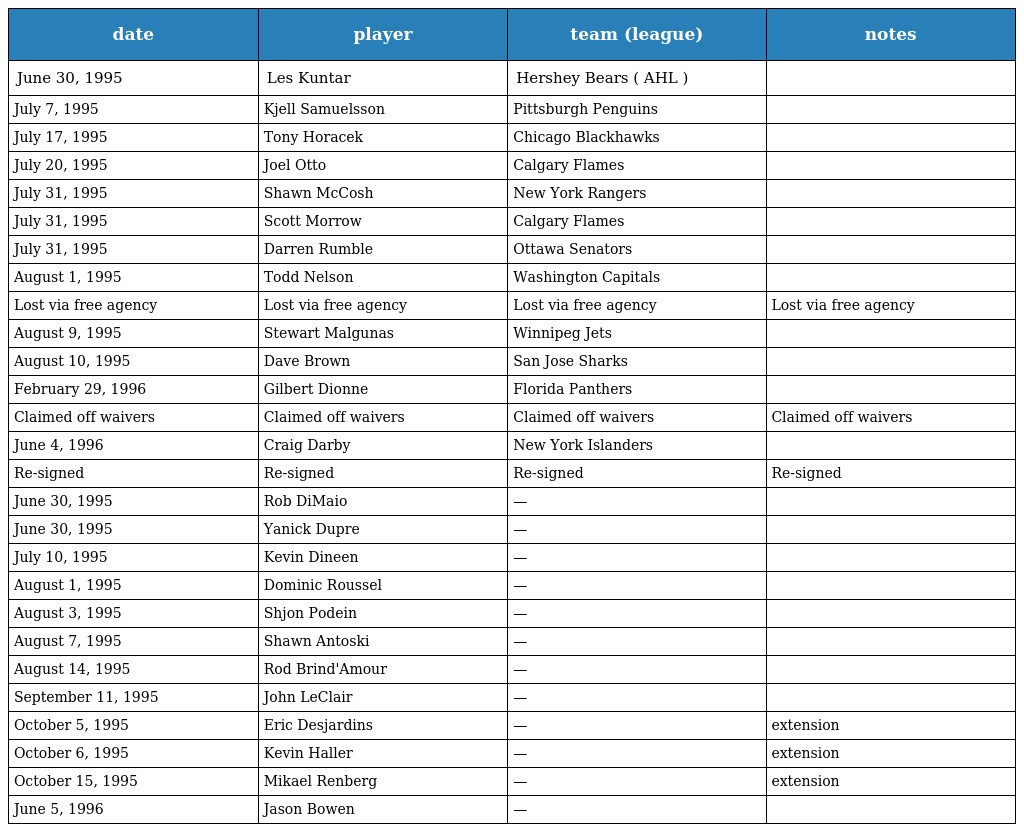
| date | player | team (league) | notes |
 | --- | --- | --- | --- |
 | June 30, 1995 | Les Kuntar | Hershey Bears ( AHL ) |  |
 | July 7, 1995 | Kjell Samuelsson | Pittsburgh Penguins |  |
 | July 17, 1995 | Tony Horacek | Chicago Blackhawks |  |
 | July 20, 1995 | Joel Otto | Calgary Flames |  |
 | July 31, 1995 | Shawn McCosh | New York Rangers |  |
 | July 31, 1995 | Scott Morrow | Calgary Flames |  |
 | July 31, 1995 | Darren Rumble | Ottawa Senators |  |
 | August 1, 1995 | Todd Nelson | Washington Capitals |  |
 | Lost via free agency | Lost via free agency | Lost via free agency | Lost via free agency |
 | August 9, 1995 | Stewart Malgunas | Winnipeg Jets |  |
 | August 10, 1995 | Dave Brown | San Jose Sharks |  |
 | February 29, 1996 | Gilbert Dionne | Florida Panthers |  |
 | Claimed off waivers | Claimed off waivers | Claimed off waivers | Claimed off waivers |
 | June 4, 1996 | Craig Darby | New York Islanders |  |
 | Re-signed | Re-signed | Re-signed | Re-signed |
 | June 30, 1995 | Rob DiMaio | — |  |
 | June 30, 1995 | Yanick Dupre | — |  |
 | July 10, 1995 | Kevin Dineen | — |  |
 | August 1, 1995 | Dominic Roussel | — |  |
 | August 3, 1995 | Shjon Podein | — |  |
 | August 7, 1995 | Shawn Antoski | — |  |
 | August 14, 1995 | Rod Brind'Amour | — |  |
 | September 11, 1995 | John LeClair | — |  |
 | October 5, 1995 | Eric Desjardins | — | extension |
 | October 6, 1995 | Kevin Haller | — | extension |
 | October 15, 1995 | Mikael Renberg | — | extension |
 | June 5, 1996 | Jason Bowen | — |  |